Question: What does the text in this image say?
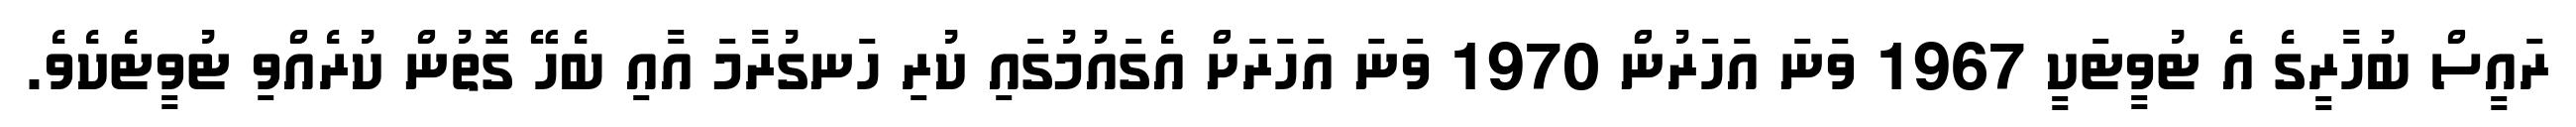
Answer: ރައީސް ބުހާރީގެ އެ ޓުވީޓަކީ 1967 ވަނަ އަހަރުން 1970 ވަނަ އަހަރަށް އެގައުމުގައި ކުރި ހަނގުރާމަ އާއި ބެހޭ ގޮތުން ކުރެއްވި ޓުވީޓެކެވެ.